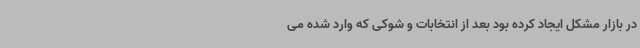
در بازار مشکل ایجاد کرده بود بعد از انتخابات و شوکی که وارد شده می